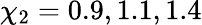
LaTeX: \chi_{2}=0.9,1.1,1.4